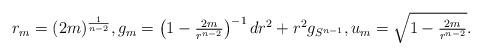
LaTeX: \begin{align*}r_m = (2m)^{\frac{1}{n-2}}, g_m = \left( 1- \tfrac{2m}{r^{n-2}}\right)^{-1} dr^2 + r^2 g_{S^{n-1}}, u_m = \sqrt{1-\tfrac{2m}{r^{n-2}}}.\end{align*}